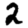
Digit: 2